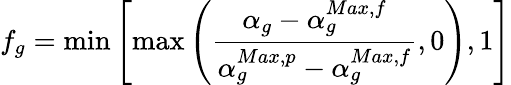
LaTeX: f_{g}=\operatorname*{min}\left[\operatorname*{max}\left(\frac{\alpha_{g}-\alpha_{g}^{Max,f}}{\alpha_{g}^{Max,p}-\alpha_{g}^{Max,f}},0\right),1\right]